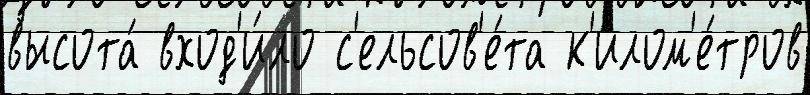
высота́ вход'и́ло с'ельсов'е́та к'илом'е́тров